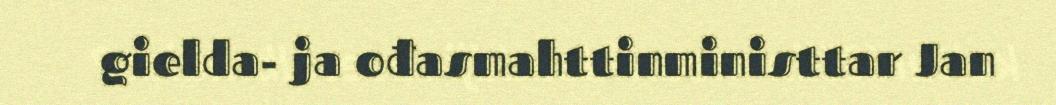
gielda- ja ođasmahttinministtar Jan